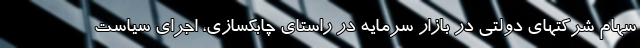
سهام شرکتهای دولتی در بازار سرمایه در راستای چابکسازی، اجرای سیاست